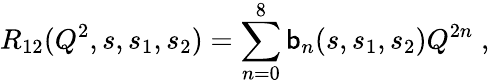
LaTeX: R_{12}(Q^{2},s,s_{1},s_{2})=\sum_{n=0}^{8}\mathsf{b}_{n}(s,s_{1},s_{2})Q^{2n}\; ,